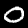
Label: 0